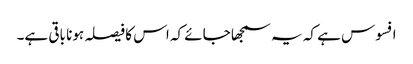
افسوس ہے کہ یہ سمجھا جائے کہ اس کا فیصلہ ہونا باقی ہے۔